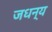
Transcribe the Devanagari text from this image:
जधन्य